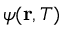
\psi ( \mathbf { r } , T )